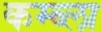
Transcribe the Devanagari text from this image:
कम्ब्ला